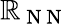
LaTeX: \mathbb{R}_{\mathrm{{~N~N~}}}